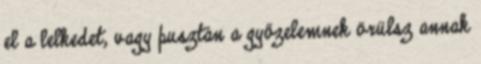
el a lelkedet, vagy pusztán a győzelemnek örülsz annak